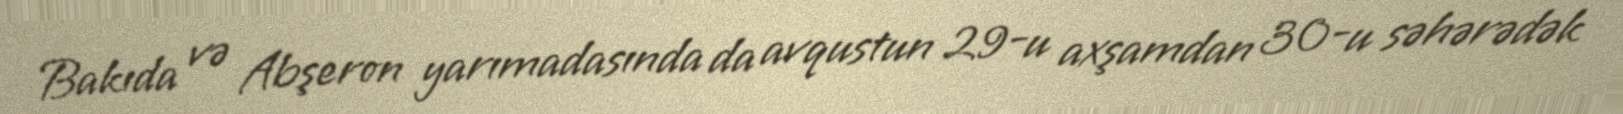
Bakıda və Abşeron yarımadasında da avqustun 29-u axşamdan 30-u səhərədək